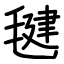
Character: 毽